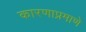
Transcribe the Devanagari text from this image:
कारणाप्रमाणे